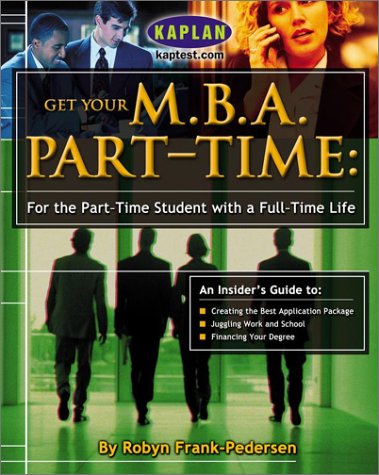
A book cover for Get Your M.B.A. Part-Time: For the Part-Time Student with a Full-Time Life; Robyn Frank-Pedersen; Education & Teaching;